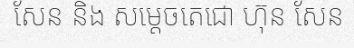
សែន និង សម្តេចតេជោ ហ៊ុន សែន